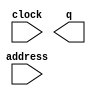
// This program was cloned from: https://github.com/cxdzyq1110/NPU_on_FPGA
// License: BSD 2-Clause "Simplified" License

// megafunction wizard: %ROM: 1-PORT%VBB%
// GENERATION: STANDARD
// VERSION: WM1.0
// MODULE: altsyncram 

// ============================================================
// Megafunction Name(s):
// 			altsyncram
//
// Simulation Library Files(s):
// 			altera_mf
// ============================================================
// ************************************************************
// THIS IS A WIZARD-GENERATED FILE. DO NOT EDIT THIS FILE!
//
// 16.1.0 Build 196 10/24/2016 SJ Standard Edition
// ************************************************************

//Copyright (C) 2016  Intel Corporation. All rights reserved.
//Your use of Intel Corporation's design tools, logic functions 
//and other software and tools, and its AMPP partner logic 
//functions, and any output files from any of the foregoing 
//(including device programming or simulation files), and any 
//associated documentation or information are expressly subject 
//to the terms and conditions of the Intel Program License 
//Subscription Agreement, the Intel Quartus Prime License Agreement,
//the Intel MegaCore Function License Agreement, or other 
//applicable license agreement, including, without limitation, 
//that your use is for the sole purpose of programming logic 
//devices manufactured by Intel and sold by Intel or its 
//authorized distributors.  Please refer to the applicable 
//agreement for further details.

module npu_paras_rom (
	address,
	clock,
	q);

	input	[15:0]  address;
	input	  clock;
	output	[31:0]  q;
`ifndef ALTERA_RESERVED_QIS
// synopsys translate_off
`endif
	tri1	  clock;
`ifndef ALTERA_RESERVED_QIS
// synopsys translate_on
`endif

endmodule

// ============================================================
// CNX file retrieval info
// ============================================================
// Retrieval info: PRIVATE: ADDRESSSTALL_A NUMERIC "0"
// Retrieval info: PRIVATE: AclrAddr NUMERIC "0"
// Retrieval info: PRIVATE: AclrByte NUMERIC "0"
// Retrieval info: PRIVATE: AclrOutput NUMERIC "0"
// Retrieval info: PRIVATE: BYTE_ENABLE NUMERIC "0"
// Retrieval info: PRIVATE: BYTE_SIZE NUMERIC "8"
// Retrieval info: PRIVATE: BlankMemory NUMERIC "0"
// Retrieval info: PRIVATE: CLOCK_ENABLE_INPUT_A NUMERIC "0"
// Retrieval info: PRIVATE: CLOCK_ENABLE_OUTPUT_A NUMERIC "0"
// Retrieval info: PRIVATE: Clken NUMERIC "0"
// Retrieval info: PRIVATE: IMPLEMENT_IN_LES NUMERIC "0"
// Retrieval info: PRIVATE: INIT_FILE_LAYOUT STRING "PORT_A"
// Retrieval info: PRIVATE: INIT_TO_SIM_X NUMERIC "0"
// Retrieval info: PRIVATE: INTENDED_DEVICE_FAMILY STRING "Cyclone IV E"
// Retrieval info: PRIVATE: JTAG_ENABLED NUMERIC "1"
// Retrieval info: PRIVATE: JTAG_ID STRING "cpar"
// Retrieval info: PRIVATE: MAXIMUM_DEPTH NUMERIC "0"
// Retrieval info: PRIVATE: MIFfilename STRING "../04_scripts/cnn_parameter_rom.mif"
// Retrieval info: PRIVATE: NUMWORDS_A NUMERIC "65536"
// Retrieval info: PRIVATE: RAM_BLOCK_TYPE NUMERIC "0"
// Retrieval info: PRIVATE: RegAddr NUMERIC "1"
// Retrieval info: PRIVATE: RegOutput NUMERIC "1"
// Retrieval info: PRIVATE: SYNTH_WRAPPER_GEN_POSTFIX STRING "0"
// Retrieval info: PRIVATE: SingleClock NUMERIC "1"
// Retrieval info: PRIVATE: UseDQRAM NUMERIC "0"
// Retrieval info: PRIVATE: WidthAddr NUMERIC "16"
// Retrieval info: PRIVATE: WidthData NUMERIC "32"
// Retrieval info: PRIVATE: rden NUMERIC "0"
// Retrieval info: LIBRARY: altera_mf altera_mf.altera_mf_components.all
// Retrieval info: CONSTANT: ADDRESS_ACLR_A STRING "NONE"
// Retrieval info: CONSTANT: CLOCK_ENABLE_INPUT_A STRING "BYPASS"
// Retrieval info: CONSTANT: CLOCK_ENABLE_OUTPUT_A STRING "BYPASS"
// Retrieval info: CONSTANT: INIT_FILE STRING "../04_scripts/cnn_parameter_rom.mif"
// Retrieval info: CONSTANT: INTENDED_DEVICE_FAMILY STRING "Cyclone IV E"
// Retrieval info: CONSTANT: LPM_HINT STRING "ENABLE_RUNTIME_MOD=YES,INSTANCE_NAME=cpar"
// Retrieval info: CONSTANT: LPM_TYPE STRING "altsyncram"
// Retrieval info: CONSTANT: NUMWORDS_A NUMERIC "65536"
// Retrieval info: CONSTANT: OPERATION_MODE STRING "ROM"
// Retrieval info: CONSTANT: OUTDATA_ACLR_A STRING "NONE"
// Retrieval info: CONSTANT: OUTDATA_REG_A STRING "CLOCK0"
// Retrieval info: CONSTANT: WIDTHAD_A NUMERIC "16"
// Retrieval info: CONSTANT: WIDTH_A NUMERIC "32"
// Retrieval info: CONSTANT: WIDTH_BYTEENA_A NUMERIC "1"
// Retrieval info: USED_PORT: address 0 0 16 0 INPUT NODEFVAL "address[15..0]"
// Retrieval info: USED_PORT: clock 0 0 0 0 INPUT VCC "clock"
// Retrieval info: USED_PORT: q 0 0 32 0 OUTPUT NODEFVAL "q[31..0]"
// Retrieval info: CONNECT: @address_a 0 0 16 0 address 0 0 16 0
// Retrieval info: CONNECT: @clock0 0 0 0 0 clock 0 0 0 0
// Retrieval info: CONNECT: q 0 0 32 0 @q_a 0 0 32 0
// Retrieval info: GEN_FILE: TYPE_NORMAL npu_paras_rom.v TRUE
// Retrieval info: GEN_FILE: TYPE_NORMAL npu_paras_rom.inc FALSE
// Retrieval info: GEN_FILE: TYPE_NORMAL npu_paras_rom.cmp FALSE
// Retrieval info: GEN_FILE: TYPE_NORMAL npu_paras_rom.bsf FALSE
// Retrieval info: GEN_FILE: TYPE_NORMAL npu_paras_rom_inst.v FALSE
// Retrieval info: GEN_FILE: TYPE_NORMAL npu_paras_rom_bb.v TRUE
// Retrieval info: LIB_FILE: altera_mf